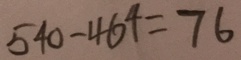
5 4 0 - 4 6 4 = 7 6